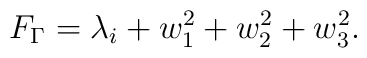
F_{\Gamma }=\lambda _i+w^2_1+w^2_2+w^2_3.